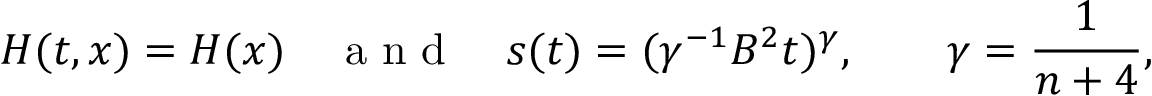
H ( t , x ) = H ( x ) \quad \mathrm { ~ a ~ n ~ d ~ } \quad s ( t ) = ( \gamma ^ { - 1 } B ^ { 2 } t ) ^ { \gamma } , \qquad \gamma = \frac { 1 } { n + 4 } ,